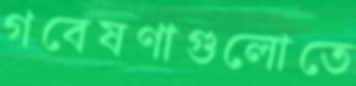
গবেষণাগুলোতে